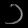
Digit: ၁